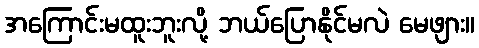
အကြောင်းမထူးဘူးလို့ ဘယ်ပြောနိုင်မလဲ မေဖျား။